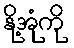
နို့အုံကို